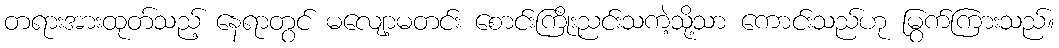
တရားအားထုတ်သည့် နေရာတွင် မလျော့မတင်း စောင်းကြိုးညင်းသကဲ့သို့သာ ကောင်းသည်ဟု မြွက်ကြားသည်။